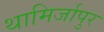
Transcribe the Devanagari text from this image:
थामिर्जापुर